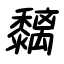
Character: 黐